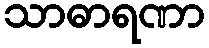
သာဓာရဏာ